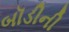
બૉડીની